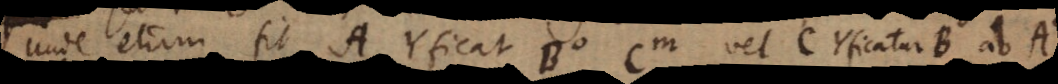
unde etiam fit A Yficat B C, vel C Yficatur B ab A